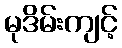
မုဒိမ်းကျင့်